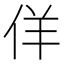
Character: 佯